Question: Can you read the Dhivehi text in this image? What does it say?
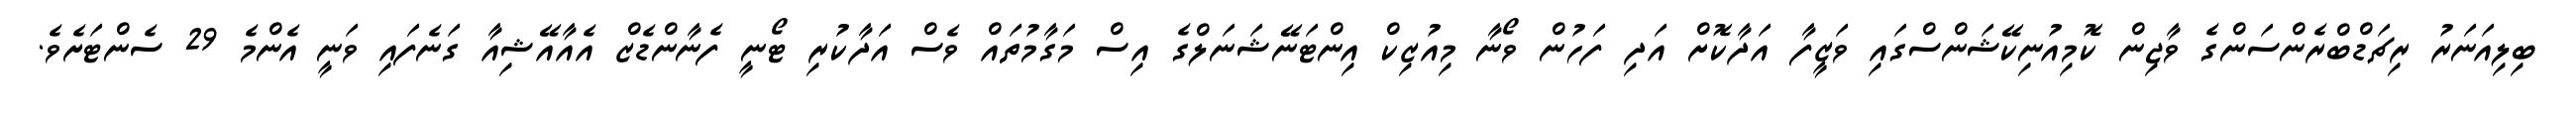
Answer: ބިލިއަނަރު ރިޗަޑްބްރެންސަންގެ ވާޖިން ކޮމިއުނިކޭޝަންސްގައި ވަޒީފާ އަދާކޮށް އަދި ފަހުން ވޯނާ މިއުޒިކް އިންޓަނޭޝަނަލްގެ އިސް މަގާމުތައް ވެސް އަދާކުރި ޓޯނީ ފެނާންޑެޒް އެއާއޭޝިއާ ގަނެފައި ވަނީ އެންމެ 29 ސެންޓަށެވެ.